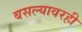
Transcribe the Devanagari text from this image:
बसल्यावरही